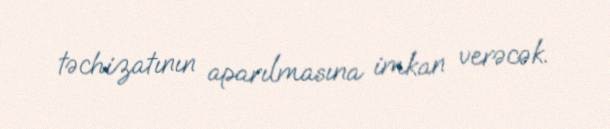
təchizatının aparılmasına imkan verəcək.